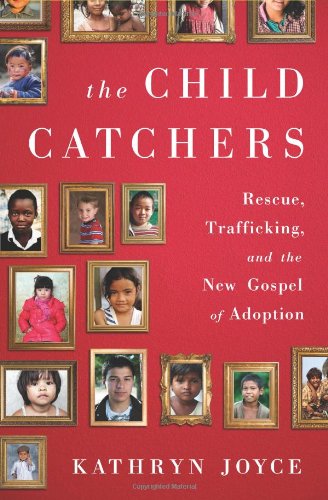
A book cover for The Child Catchers: Rescue, Trafficking, and the New Gospel of Adoption; Kathryn Joyce; Christian Books & Bibles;